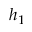
h _ { 1 }